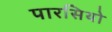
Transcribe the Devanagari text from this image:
पारसियो